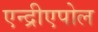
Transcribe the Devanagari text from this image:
एन्द्रीएपोल